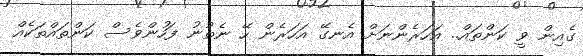
ގެއިން ވީ ކަންތައް.. އަހަރެންނަށް އެނގޭ އަހަރެން ހޭ ނެތުނު ފަހުންވެސް ކަންތައްތަކެއް